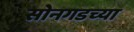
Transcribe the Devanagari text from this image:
सोनगडच्या